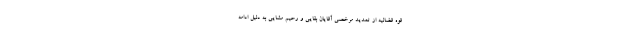
قوه قضائیه از تمدید مرخصی آقایان بقایی و رحیم مشایی به دلیل ادامه